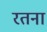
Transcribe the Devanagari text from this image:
रतना